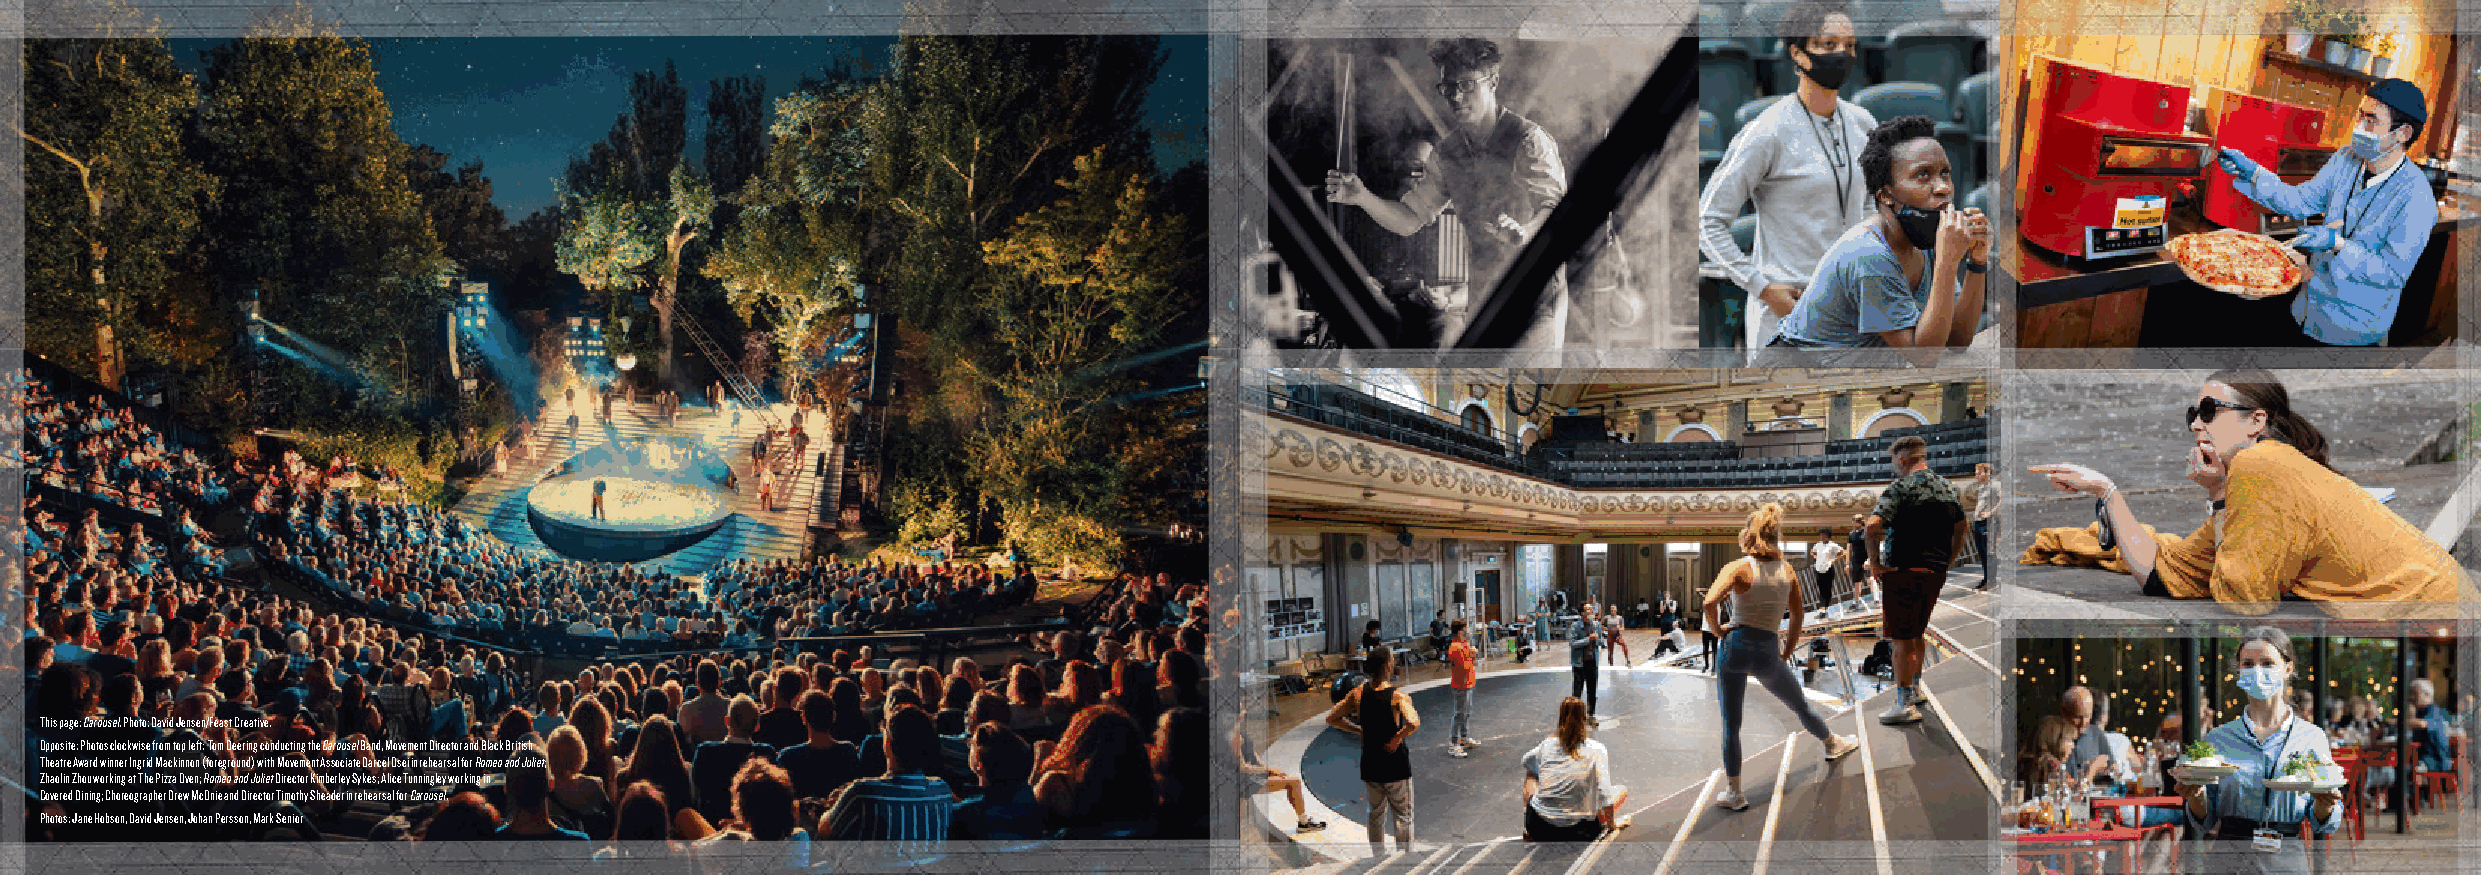
This page: Carousel. Photo: David Jensen/Feast Creative.
 Opposite: Photos clockwise from top left: Tom Deering conducting the Carousel Band, Movement Director and Black British
 Theatre Award winner Ingrid Mackinnon (foreground) with Movement Associate Darcel Osei in rehearsal for Romeo and Juliet;
 Zhaolin Zhou working at The Pizza Oven; Romeo and Juliet Director Kimberley Sykes; Alice Tunningley working in
 Covered Dining; Choreographer Drew McOnie and Director Timothy Sheader in rehearsal for Carousel.
 Photos: Jane Hobson, David Jensen, Johan Persson, Mark Senior